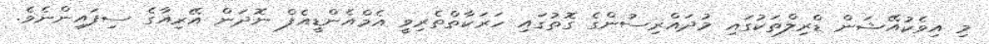
މި އިވެކުއޭޝަން ޑްރިލްތަކުގައި މުދައްރިސުންގެ ގޮތުގައި ހަރަކާތްތެރިވީ އެމްއެންޑީއެފް ނޮދަން އޭރިއާގެ ސިފައިންނެވެ.